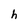
Character: h